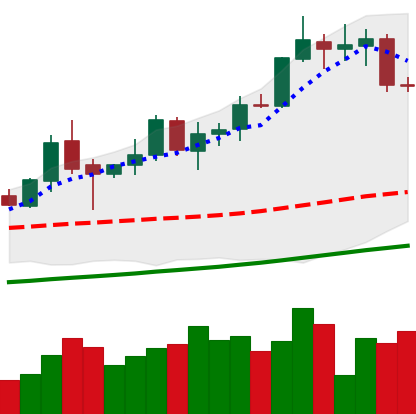
Ticker: XMR-USD
Chart end date: 2020-10-17
Forward return: 5.856%
Label: up_5_7